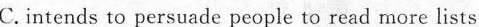
C.intends to persuade people to read more lists